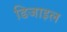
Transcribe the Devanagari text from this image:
डिजाइल